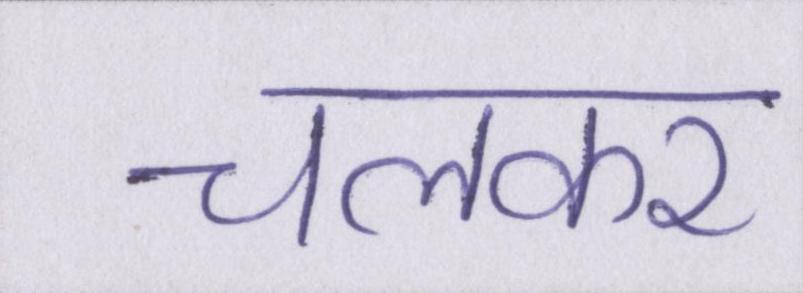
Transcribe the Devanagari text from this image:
चलकर